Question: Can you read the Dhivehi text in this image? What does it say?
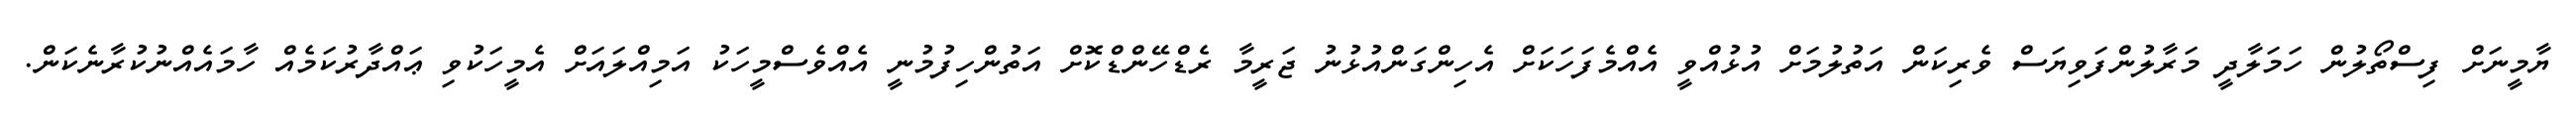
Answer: ޔާމީނަށް ފިސްތޯލުން ހަމަލާދީ މަރާލުންފަވިޔަސް ވެރިކަން އަތުލުމަށް އުޅުއްވީ އެއްމެފަހަކަށް އެހިންގަންއުޅުނު ޖަރީމާ ރެޑްހޭންޑްކޮށް އަތުންހިފުމުނީ އެއްވެސްމީހަކު އަމިއްލައަށް އެމީހަކުވި ޢައްދާރުކަމެއް ހާމައެއްނުކުރާނެކަން.